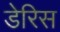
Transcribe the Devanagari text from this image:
डेरिस